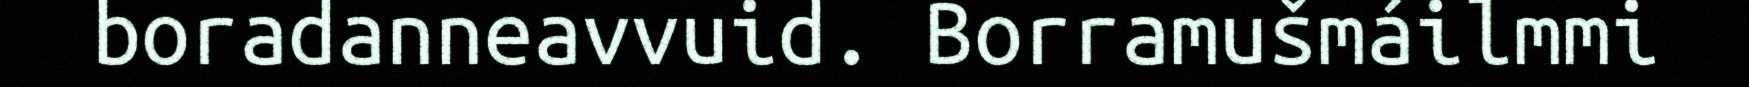
boradanneavvuid. Borramušmáilmmi